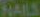
NAILS